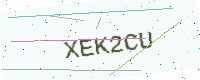
Text: XEK2CU